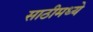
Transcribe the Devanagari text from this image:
साठीमध्ये